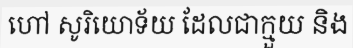
ហៅ សូរិយោទ័យ ដែលជាក្មួយ និង